Reports on military cantonments and civil stations in the Presidency of Bombay inspected by the Sanitary Commissioner in the years 1875 and 1876
Year: 1875
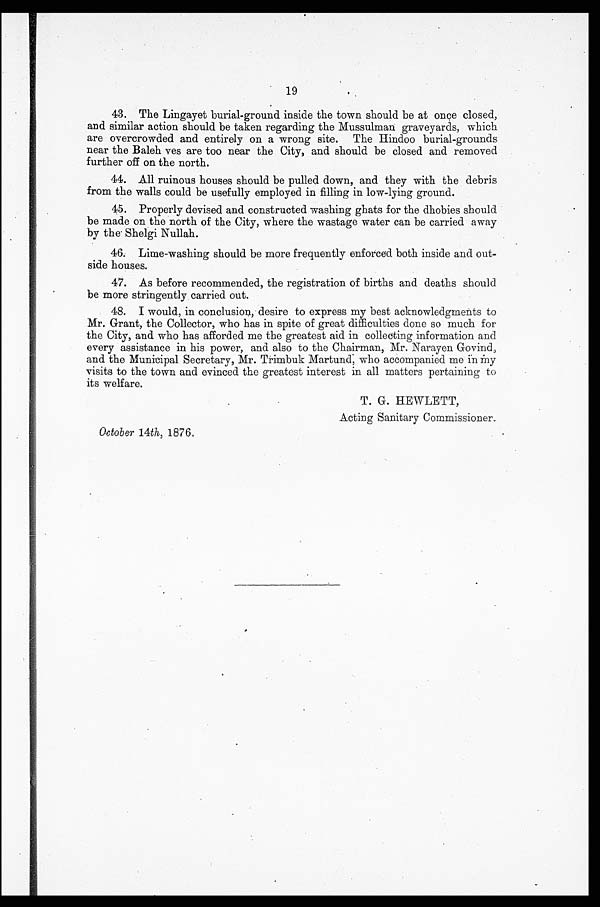
OFFICE SUPDT. GOVT. PRINTING.—NO. 4 S. C.—16-10-74—900.